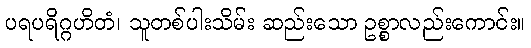
ပရပရိဂ္ဂဟိတံ၊ သူတစ်ပါးသိမ်း ဆည်းသော ဥစ္စာလည်းကောင်း။